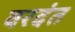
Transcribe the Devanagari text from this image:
वरदंत